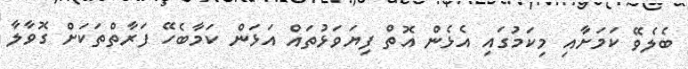
ބެލެވޭ ކަމަށާއި މިކަމުގައި އެޅެން އޮތް ފިޔަވަޅުތައް އަޅަން ކަމާބެހޭ ފަރާތްތަކަށް ގޮވާލާ